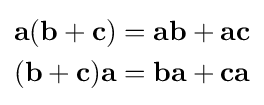
{\begin{aligned}\mathbf {a} (\mathbf {b} +\mathbf {c} )&=\mathbf {ab} +\mathbf {ac} \\(\mathbf {b} +\mathbf {c} )\mathbf {a} &=\mathbf {ba} +\mathbf {ca} \end{aligned}}